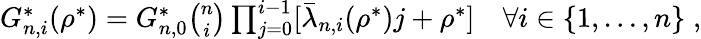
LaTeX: \begin{array}{r}{G_{n,i}^{*}(\rho^{*})=G_{n,0}^{*}\binom{n}{i}\prod_{j=0}^{i-1}[\bar{\lambda}_{n,i}(\rho^{*})j+\rho^{*}]\quad\forall i\in\lbrace 1,\dots,n\rbrace\; ,}\end{array}